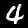
Digit: 4